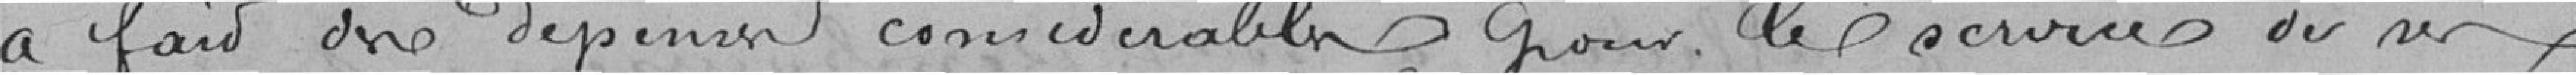
a fait des dépenses considérables pour le service de ses